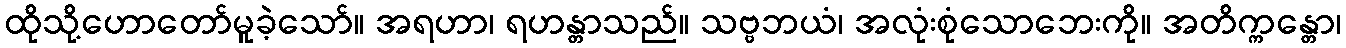
ထိုသို့ဟောတော်မူခဲ့သော်။ အရဟာ၊ ရဟန္တာသည်။ သဗ္ဗဘယံ၊ အလုံးစုံသောဘေးကို။ အတိက္ကန္တော၊